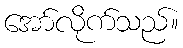
အော်လိုက်သည်။